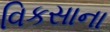
વિકસાના